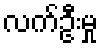
လက်ဦးမှု